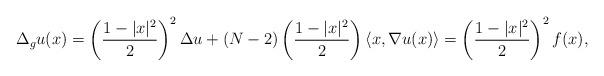
LaTeX: \begin{align*} \Delta_g u (x) = \left(\frac{1 - |x|^2}{2}\right)^2 \Delta u + (N - 2) \left(\frac{1 - |x|^2}{2}\right) \langle x, \nabla u (x)\rangle = \left(\frac{1 - |x|^2}{2}\right)^2 f(x), \end{align*}